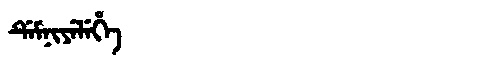
Manchu: ᡩᡝᠮᠨᡳᠶᡝᠯᡝᡥᡝ
Romanization: DEMNIYELEHE